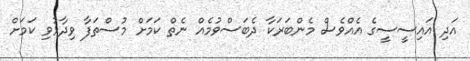
އަދި އައިސީސީގެ އެއްވެސް މެންބަރަކާ ދެބަސްވުމެއް ނެތް ކަމަށް މުސްތަފާ ވިދާޅުވި ކަަމަށް